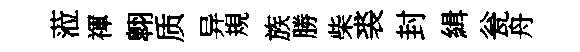
蒞禈翺质异規族勝柴裘封緝瓮舟